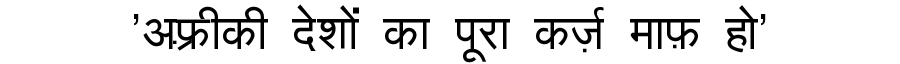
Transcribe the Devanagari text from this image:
'अफ़्रीकी देशों का पूरा कर्ज़ माफ़ हो'